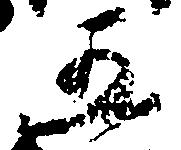
五